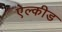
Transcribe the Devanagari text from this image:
ऐल्कीड